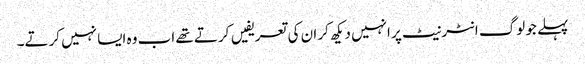
پہلے جو لوگ انٹرنیٹ پر انہیں دیکھ کر ان کی تعریفیں کرتے تھے اب وہ ایسا نہیں کرتے۔